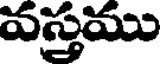
వస్త్రము